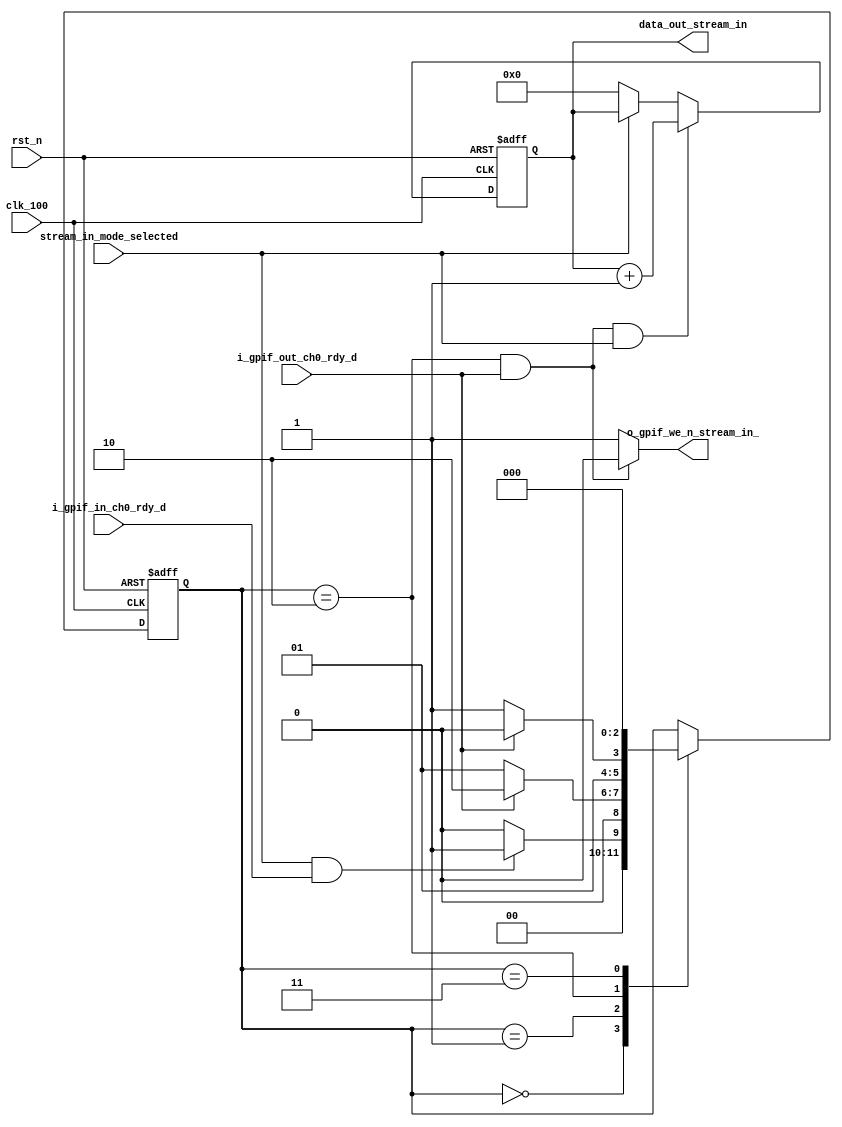
module prometheus_fx3_stream_in(
	input  rst_n,
	input  clk_100,
	input  stream_in_mode_selected,
	input  i_gpif_in_ch0_rdy_d,
	input  i_gpif_out_ch0_rdy_d,
	output o_gpif_we_n_stream_in_,
	output [31:0] data_out_stream_in
);


reg [2:0]current_stream_in_state;
reg [2:0]next_stream_in_state;
reg [31:0]data_gen_stream_in;

//parameters for StreamIN mode state machine
parameter [2:0] stream_in_idle                    = 3'd0;
parameter [2:0] stream_in_wait_flagb              = 3'd1;
parameter [2:0] stream_in_write                   = 3'd2;
parameter [2:0] stream_in_write_wr_delay          = 3'd3;

assign o_gpif_we_n_stream_in_ = ((current_stream_in_state == stream_in_write) && (i_gpif_out_ch0_rdy_d == 1'b1)) ? 1'b0 : 1'b1;

//stream_in mode state machine
always @(posedge clk_100, negedge rst_n)begin
	if(!rst_n)begin 
		current_stream_in_state <= stream_in_idle;
	end else begin
		current_stream_in_state <= next_stream_in_state;
	end	
end

//StreamIN mode state machine combo
always @(*)begin
	next_stream_in_state = current_stream_in_state;
	case(current_stream_in_state)
	stream_in_idle:begin
		if((stream_in_mode_selected) & (i_gpif_in_ch0_rdy_d == 1'b1))begin
			next_stream_in_state = stream_in_wait_flagb; 
		end else begin
			next_stream_in_state = stream_in_idle;
		end	
	end
	stream_in_wait_flagb :begin
		if (i_gpif_out_ch0_rdy_d == 1'b1)begin
			next_stream_in_state = stream_in_write; 
		end else begin
			next_stream_in_state = stream_in_wait_flagb; 
		end
	end
	stream_in_write:begin
		if(i_gpif_out_ch0_rdy_d == 1'b0)begin
			next_stream_in_state = stream_in_write_wr_delay;
		end else begin
		 	next_stream_in_state = stream_in_write;
		end
	end
        stream_in_write_wr_delay:begin
			next_stream_in_state = stream_in_idle;
	end
	endcase
end

//data generator counter for Partial, ZLP, StreamIN modes
always @(posedge clk_100, negedge rst_n)begin
	if(!rst_n)begin 
		data_gen_stream_in <= 32'd0;
	end else if((o_gpif_we_n_stream_in_ == 1'b0) & (stream_in_mode_selected)) begin
		data_gen_stream_in <= data_gen_stream_in + 1;
	end else if (!stream_in_mode_selected) begin
		data_gen_stream_in <= 32'd0;
	end	
end

assign data_out_stream_in = data_gen_stream_in;

endmodule